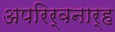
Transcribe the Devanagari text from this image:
अपरिर्वनार्ह